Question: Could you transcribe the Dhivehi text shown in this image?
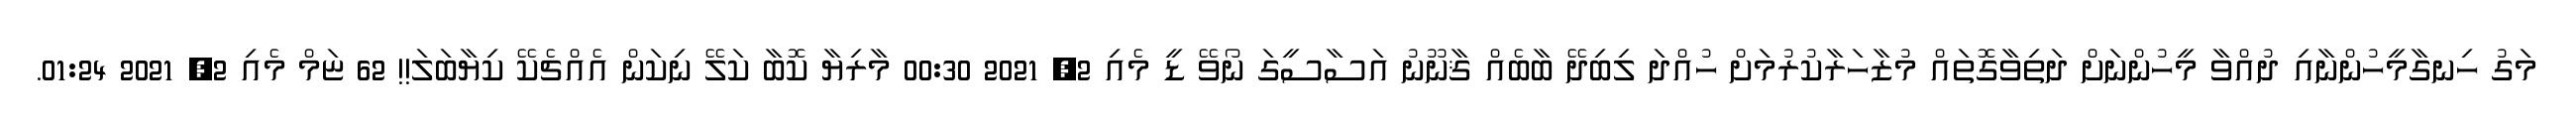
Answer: މަގު ހިނގާމީހުންނާއި ދުއްވާ މީހުންނަށް ދަތިވާގޮތައް މުޒާހަރާކުރުމަށް ހުއްދަ ލިބިދޭ ބާބެއް ޤާނޫނު އަސާސީގަ ނޯވޭ ޑީ މެއި 2, 2021 00:30 މާރިޔާ ކޮބާ ކަލޭ ނިކަން އެއްޗެކޭ ކިޔާބަލަ!! 62 ޏަމް މެއި 2, 2021 01:24.